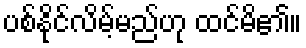
ပစ်နိုင်လိမ့်မည်ဟု ထင်မိ၏။